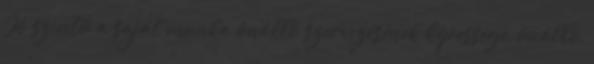
Jó szintű a saját munka önálló szervezésének képessége, önálló,